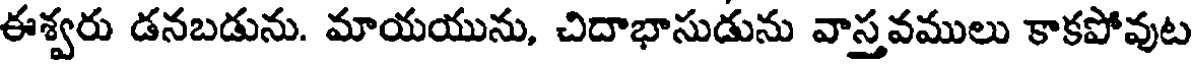
ఈశ్వరు డనబడును. మాయయును, చిదాభాసుడును వాస్తవములు కాకపోవుట